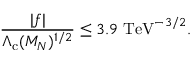
\frac { | f | } { \Lambda _ { \mathrm { c } } ( M _ { N } ) ^ { 1 / 2 } } \leq 3 . 9 \, \, \mathrm { T e V } ^ { - 3 / 2 } .